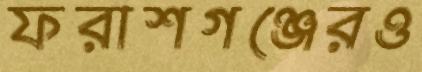
ফরাশগঞ্জেরও